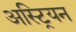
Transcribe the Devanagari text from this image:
अस्ट्रियन